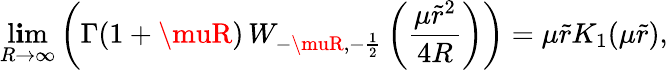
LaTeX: \operatorname*{l\mathbf{i}m}_{R\rightarrow\infty}\left(\Gamma(1+\muR)\, W_{-\muR,-\frac{{1}}{{2}}}\left(\frac{{\mu\tilde{{r}}^{2}}}{{4R}}\right)\right)=\mu\tilde{{r}}K_{1}(\mu\tilde{{r}}),